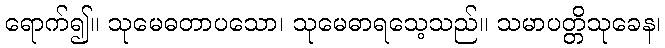
ရောက်၍။ သုမေဓတာပသော၊ သုမေဓာရသေ့သည်။ သမာပတ္တိသုခေန၊